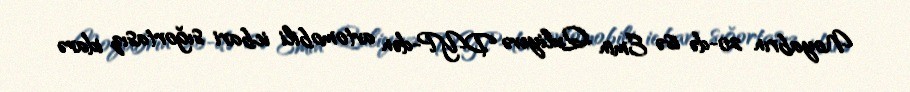
Noyabrın 20-də isə Emin Quliyevə DYP-dən avtomobili icbari sığortasız idarə